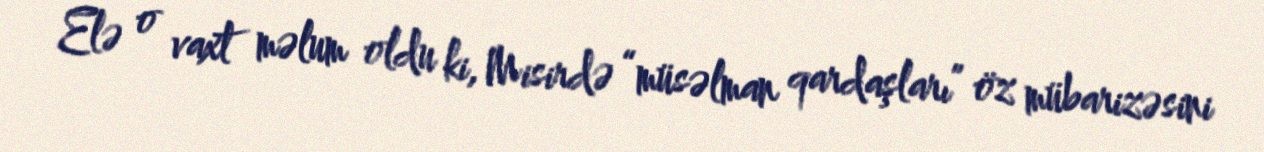
Elə o vaxt məlum oldu ki, Misirdə “müsəlman qardaşları” öz mübarizəsini